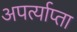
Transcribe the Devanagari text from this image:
अपर्त्याप्ता